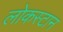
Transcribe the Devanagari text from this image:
लोकस्टान